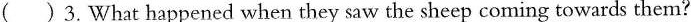
()3.What happened when they saw the sheep coming towards them ?